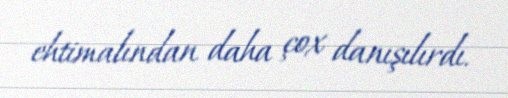
ehtimalından daha çox danışılırdı.